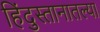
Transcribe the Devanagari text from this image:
हिंदुस्तानातल्या